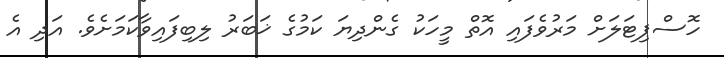
ހޮސްޕިޓަލަށް މަރުވެފައި އޮތް މީހަކު ގެންދިޔަ ކަމުުގެ ޚަބަރު ލިބިފައިވާކަމަށެވެ. އަދި އެ